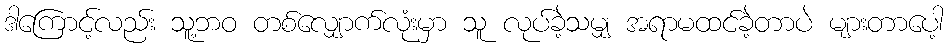
ဒါကြောင့်လည်း သူ့ဘဝ တစ်လျှောက်လုံးမှာ သူ လုပ်ခဲ့သမျှ အရာမထင်ခဲ့တာပဲ များတာပေါ့